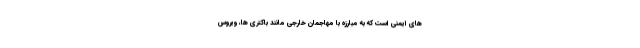
های ایمنی است که به مبارزه با مهاجمان خارجی مانند باکتری ها، ویروس